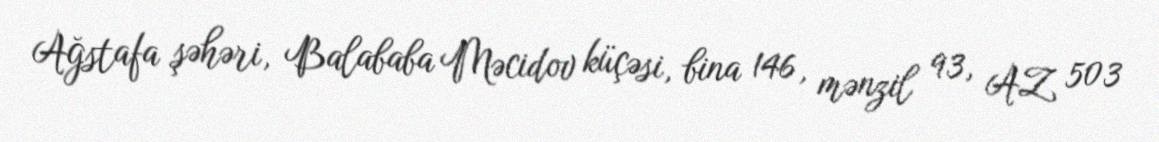
Ağstafa şəhəri, Balababa Məcidov küçəsi, bina 146, mənzil 93, AZ 503